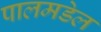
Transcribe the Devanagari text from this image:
पालमडेल